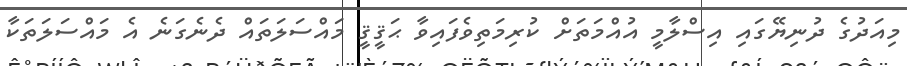
މިއަދުގެ ދުނިޔޭގައި އިސްލާމީ އުއްމަތަށް ކުރިމަތިވެފައިވާ ޙަޤީޤީ މައްސަލަތައް ދެނެގަނެ އެ މައްސަލަތަކާ